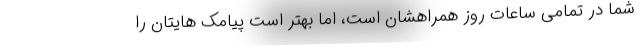
شما در تمامی ساعات روز همراهشان است، اما بهتر است پیامک هایتان را